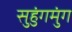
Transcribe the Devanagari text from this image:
सुहुंगमुंग